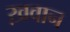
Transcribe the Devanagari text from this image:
ख़वान